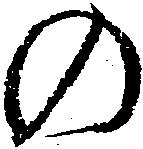
の